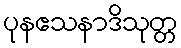
ပုနဧသနာဒိသုတ္တ